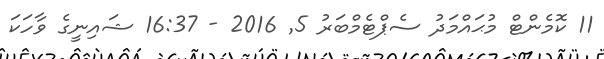
11 ކޮމެންޓް މުޙައްމަދު ސެޕްޓެމްބަރު 5